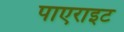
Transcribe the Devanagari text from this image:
पाएराइट